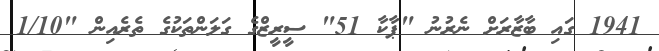
1941 ގައި ބާޒާރަށް ނެރުނު "ޕާކާ 51" ސީރީޒްގެ ގަލަންތަކުގެ ތެރެއިން "1/10